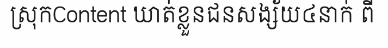
ស្រុកContent ឃាត់ខ្លួនជនសង្ស័យ៤នាក់ ពី